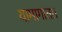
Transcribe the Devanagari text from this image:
यामागाता।